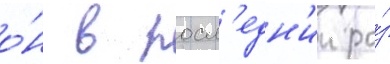
о́н в посл'едн'ии ра́з